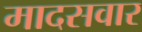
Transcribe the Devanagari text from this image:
मादसवार